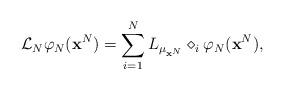
LaTeX: \begin{align*}\label[Ieq]{eq:Nparticlemeanfieldgenerator}\mathcal{L}_N\varphi_N(\mathbf{x}^N) = \sum_{i=1}^N L_{\mu_{\mathbf{x}^N}}\diamond_i\varphi_N(\mathbf{x}^N),\end{align*}